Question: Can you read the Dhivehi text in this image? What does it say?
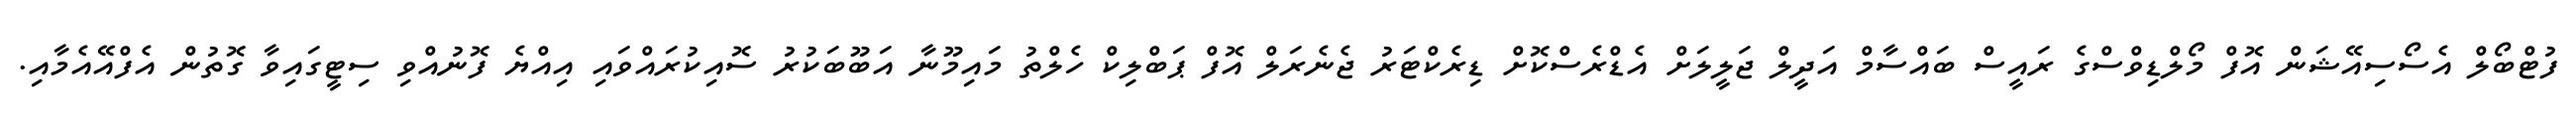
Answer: ފުޓްބޯލް އެސޯސިއޭޝަން އޮފް މޯލްޑިވްސްގެ ރައީސް ބައްސާމް އަދީލް ޖަލީލަށް އެޑްރެސްކޮށް ޑިރެކްޓަރު ޖެނެރަލް އޮފް ޕަބްލިކް ހެލްތު މައިމޫނާ އަބޫބަކުރު ސޮއިކުރައްވައި އިއްޔެ ފޮނުއްވި ސިޓީގައިވާ ގޮތުން އެފްއޭއެމާއި.